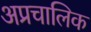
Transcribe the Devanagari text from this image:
अप्रचालिक